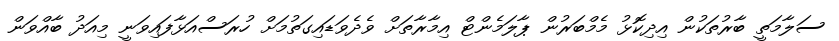
ސަލާމަތީ ބާރުތަކުން އިދިކޮޅު މެމްބަރުން ޕާލަމެންޓް އިމާރާތަށް ވެދެވަޑައިގަތުމަށް ހުރަސްއަޅާފައިވަނީ މިއަދު ބާއްވަން